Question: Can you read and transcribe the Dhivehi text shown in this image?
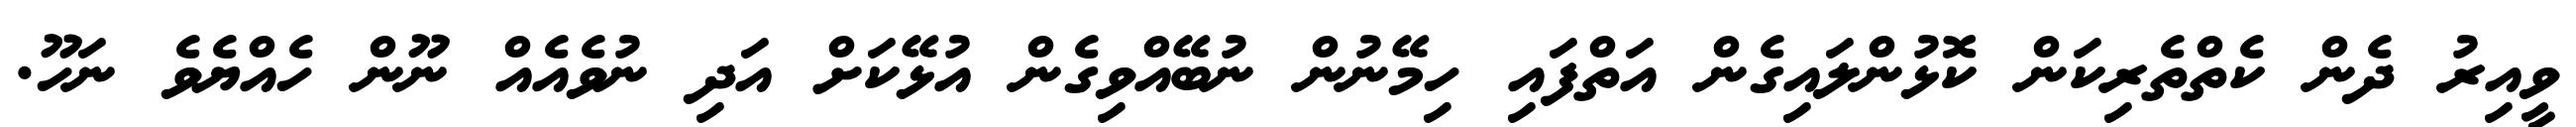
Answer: ވީއިރު ދެން ކެތްތެރިކަން ކޮޅުންލައިގެން އަތްފައި ހިމޭނުން ނުބޭއްވިގެން އުޅޭކަށް އަދި ނުވެއެއް ނޫން ހެއްޔެވެ ނަހޫ.